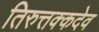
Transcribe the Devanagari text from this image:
तिरुत्तक्कदेव